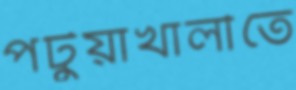
পটুয়াখালীতে